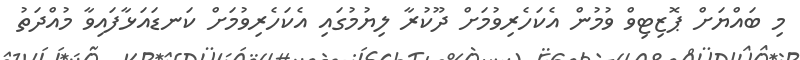
މި ބައްޔަށް ޕޮޒިޓިވް ވުމުން އެކަހެރިވުމަށް ދޫކުރާ ލިޔުމުގައި އެކަހެރިވުމަށް ކަނޑައަޅާފައިވާ މުއްދަތު